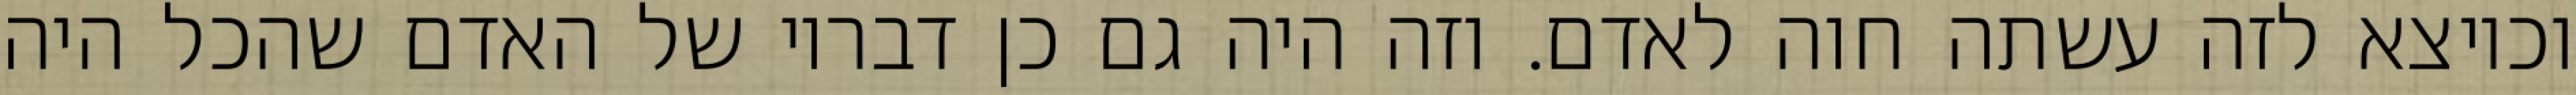
וכיוצא לזה עשתה חוה לאדם. וזה היה גם כן דבריו של האדם שהכל היה